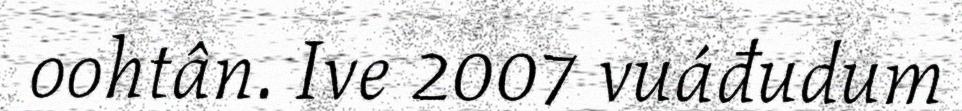
oohtân. Ive 2007 vuáđudum